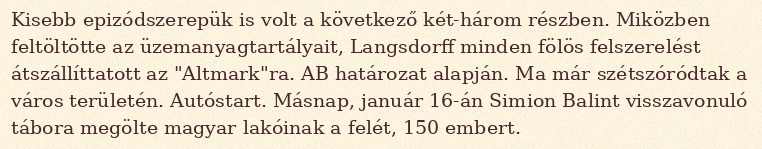
Kisebb epizódszerepük is volt a következő két-három részben. Miközben feltöltötte az üzemanyagtartályait, Langsdorff minden fölös felszerelést átszállíttatott az "Altmark"ra. AB határozat alapján. Ma már szétszóródtak a város területén. Autóstart. Másnap, január 16-án Simion Balint visszavonuló tábora megölte magyar lakóinak a felét, 150 embert.